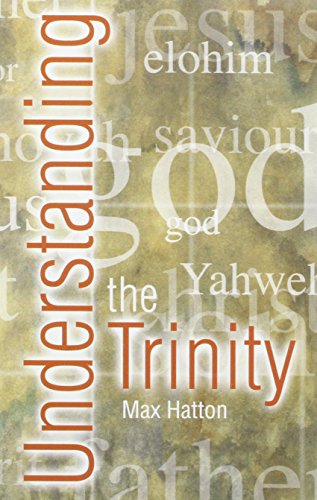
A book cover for Understanding the Trinity; Max Hatton; Religion & Spirituality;